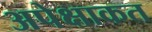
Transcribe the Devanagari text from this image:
अपेक्षाकत